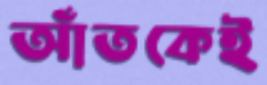
আঁতকেই